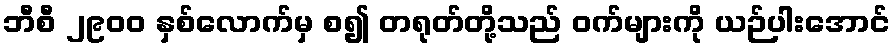
ဘီစီ ၂၉၀၀ နှစ်လောက်မှ စ၍ တရုတ်တို့သည် ဝက်များကို ယဉ်ပါးအောင်